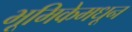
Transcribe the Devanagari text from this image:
भूमिकेमधून